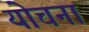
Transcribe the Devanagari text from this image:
योचना